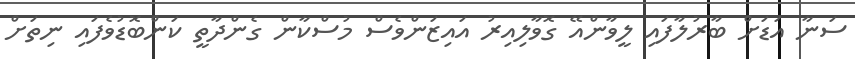
ސަނާ އަޑަށް ބާރުލާފައި ލީވާންއޭ ގޮވާލިއިރު އައިޒަންވެސް މުސްކާން ގެންދާތީ ކަންބޮޑުވެފައި ނިތަށް